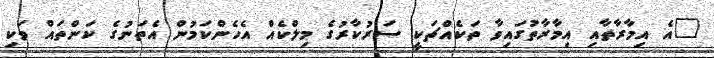
"އެ އިމާރާތާއި އިމާރާތުގައިވާ ތަކެއްޗަކީ ސަރުކާރުގެ މިލްކެއް އެހެންކަމުން އެތަނުގެ ކަންތައް ވަކި